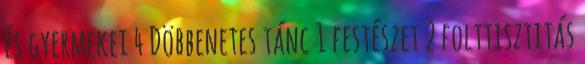
és gyermekei 4 Döbbenetes tánc 1 festészet 2 folttisztitás